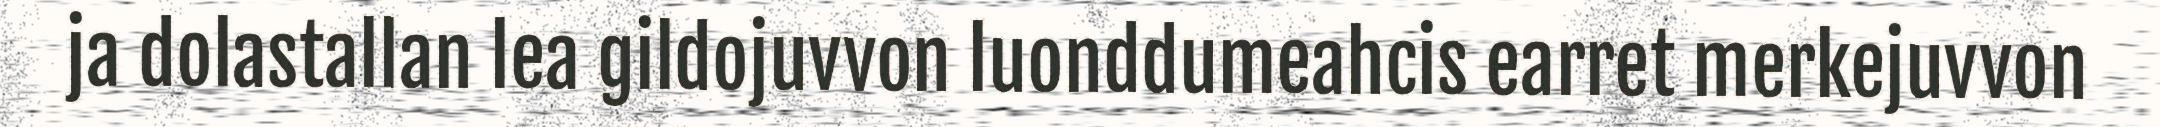
ja dolastallan lea gildojuvvon luonddumeahcis earret merkejuvvon